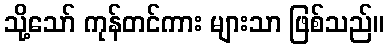
သို့သော် ကုန်တင်ကား များသာ ဖြစ်သည်။